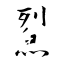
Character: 鮤